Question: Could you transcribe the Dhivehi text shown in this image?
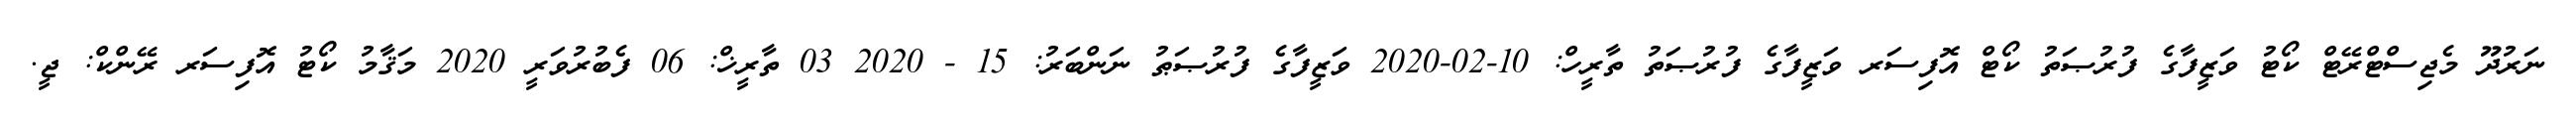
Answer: ނަރުދޫ މެޖިސްޓްރޭޓް ކޯޓު ވަޒީފާގެ ފުރުޞަތު ކޯޓް އޮފިސަރ ވަޒީފާގެ ފުރުޞަތު ތާރީހް: 10-02-2020 ވަޒީފާގެ ފުރުޞަޠު ނަންބަރު: 15 - 2020 03 ތާރީޚް: 06 ފެބުރުވަރީ 2020 މަޤާމު ކޯޓު އޮފިސަރ ރޭންކް: ޖީ.